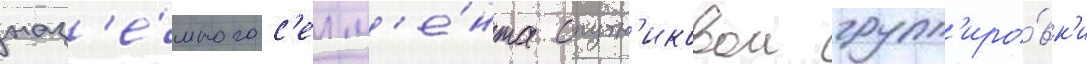
наз'е́много с'егм'е́нта спутн'иковои групп'иро́вк'и